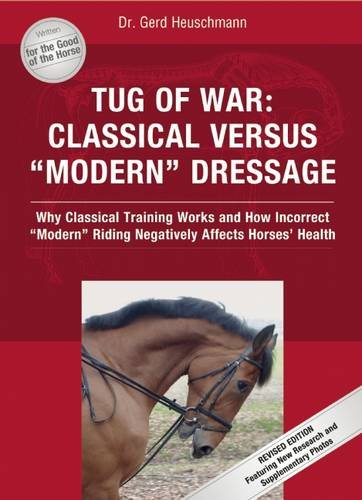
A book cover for Tug of War: Classical Versus "Modern" Dressage: Why Classical Training Works and How Incorrect "Modern" Riding Negatively Affects Horses' Health; Gerd Heuschmann; Crafts, Hobbies & Home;